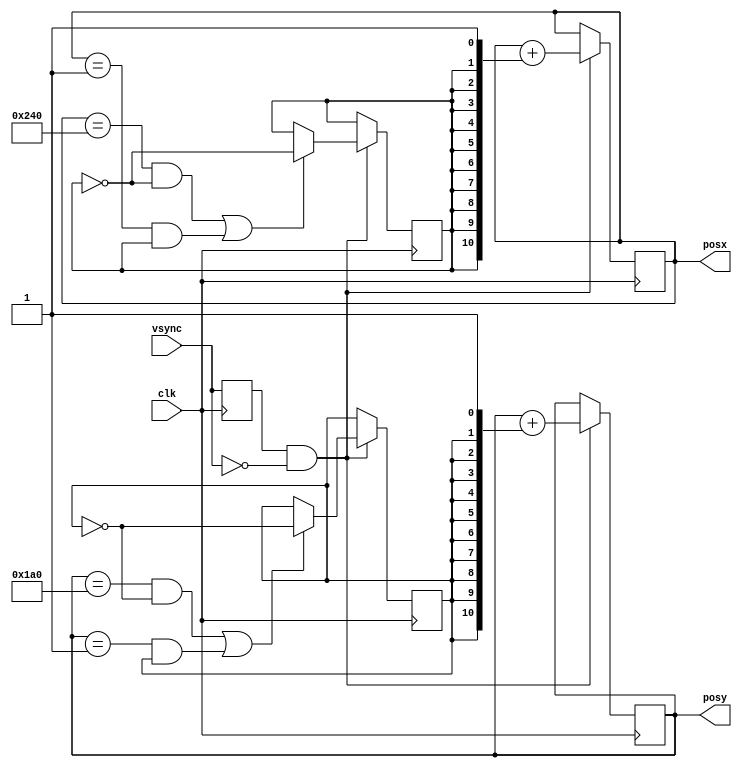
/*
 * Simple VGA test for Pano Logic
 * Copyright (c) 2018 Miguel Angel Rodriguez Jodar.
 * 
 * This program is free software: you can redistribute it and/or modify  
 * it under the terms of the GNU General Public License as published by  
 * the Free Software Foundation, version 3.
 *
 * This program is distributed in the hope that it will be useful, but 
 * WITHOUT ANY WARRANTY; without even the implied warranty of 
 * MERCHANTABILITY or FITNESS FOR A PARTICULAR PURPOSE. See the GNU
 * General Public License for more details.
 *
 * You should have received a copy of the GNU General Public License 
 * along with this program. If not, see <http://www.gnu.org/licenses/>.
 */

`timescale 1ns / 1ns
`default_nettype none

module update (
  input wire clk,
  input wire vsync,
  output reg [10:0] posx,
  output reg [10:0] posy
  );
  
  parameter
    XMAX = 11'd640,
    YMAX = 11'd480,
    TAM  = 11'd64;
    
  initial begin
    posx = 11'd320;  // incialmente, centro de la pantalla
    posy = 11'd240;  // para una pantalla de 640x480, claro.
  end
  
  reg vsync_prev = 1'b0;
  reg dx = 1'b0;  // 0: mover a la derecha. 1: mover a la izquierda
  reg dy = 1'b0;  // 0: mover hacia abajo. 1: mover hacia arriba
  
  always @(posedge clk)
    vsync_prev <= vsync;    
  wire actualizar_ahora = vsync_prev & ~vsync;  // momento en el que vsync pasa de 1 a 0 (flanco de bajada)
  
  always @(posedge clk) begin
    if (actualizar_ahora == 1'b1) begin
      if (posx == XMAX-TAM && dx == 1'b0 || posx == 11'd1 && dx == 1'b1)  // si llegamos al borde izquierdo o derecho, cambiar sentido de movimiento horizontal
        dx <= ~dx;
      if (posy == YMAX-TAM && dy == 1'b0 || posy == 11'd1 && dy == 1'b1)  // si llegamos al borde inferior o superior, cambiar sentido de movimiento vertical
        dy <= ~dy;
      posx <= posx + {{10{dx}}, 1'b1};  // si dx=0, esto hace que se sume 00000000001 a posx. Si dx=1, esto hace que se sume 11111111111 a posx.
      posy <= posy + {{10{dy}}, 1'b1};  // lo mismo, pero con dy y posy
    end
  end
endmodule

`default_nettype wire